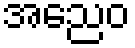
အညေဝ